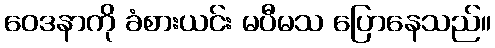
ဝေဒနာကို ခံစားယင်း မပီမသ ပြောနေသည်။